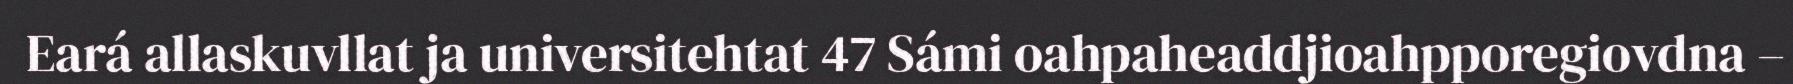
Eará allaskuvllat ja universitehtat 47 Sámi oahpaheaddjioahpporegiovdna –